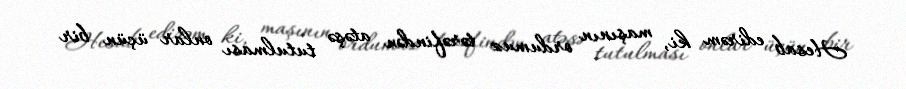
Hesab edirəm ki, maşının ordumuz tərəfindən atəşə tutulması onlar üçün bir